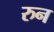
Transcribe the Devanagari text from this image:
रुन